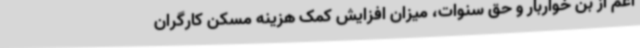
اعم از بن خواربار و حق سنوات، میزان افزایش کمک هزینه مسکن کارگران